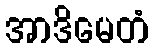
အာဒိမေတံ